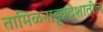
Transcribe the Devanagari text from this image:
तामिळनाडूप्रदेशातील